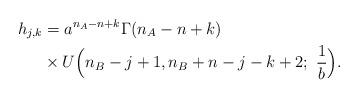
LaTeX: \begin{align*}h_{j,k}&=a^{n_A-n+k}\Gamma(n_A-n+k)\\&\times U\Big(n_B-j+1,n_B+n-j-k+2;~\frac{1}{b}\Big).\end{align*}